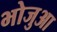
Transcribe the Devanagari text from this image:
भोजुआ